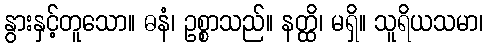
နွားနှင့်တူသော။ ဓနံ၊ ဥစ္စာသည်။ နတ္ထိ၊ မရှိ။ သူရိယသမာ၊